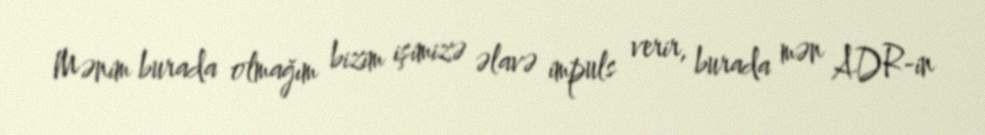
Mənim burada olmağım bizim işimizə əlavə impuls verir, burada mən ADR-in